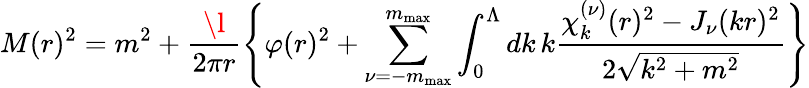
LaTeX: M(r)^{2}=m^{2}+\frac{\l}{2\pi r}\left\{ \varphi(r)^{2}+\sum_{\nu=-m_{\mathrm{max}}}^{m_{\mathrm{max}}}\int_{0}^{\Lambda}dk\, k\frac{\chi_{k}^{(\nu)}(r)^{2}-J_{\nu}(kr)^{2}}{2\sqrt{k^{2}+m^{2}}}\right\}